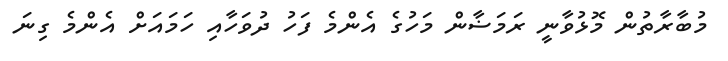
މުބާރާތުން މޮޅުވާނީ ރަމަޟާން މަހުގެ އެންމެ ފަހު ދުވަހާއި ހަމައަށް އެންމެ ގިނަ